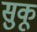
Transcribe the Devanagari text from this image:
सुकू